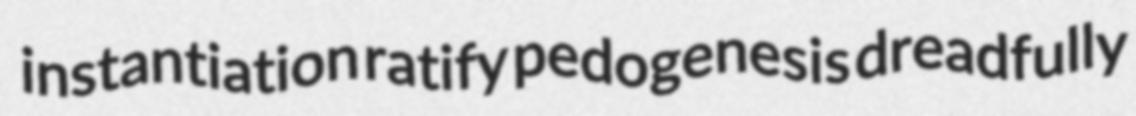
instantiation ratify pedogenesis dreadfully